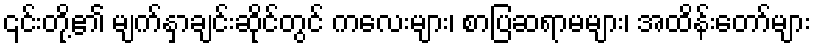
၎င်းတို့၏ မျက်နှာချင်းဆိုင်တွင် ကလေးများ၊ စာပြဆရာမများ၊ အထိန်းတော်များ